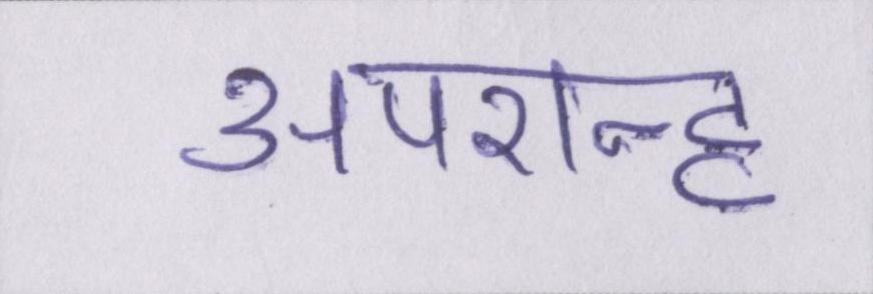
अपरान्ह